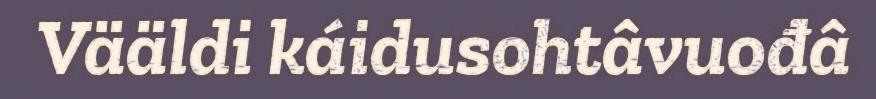
Vääldi káidusohtâvuođâ